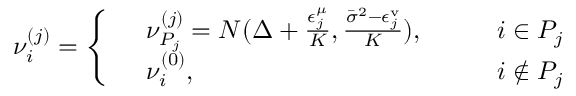
\begin{array} { r } { \nu _ { i } ^ { ( j ) } = \left\{ \begin{array} { r l r l } & { \nu _ { P _ { j } } ^ { ( j ) } = N ( \Delta + \frac { \epsilon _ { j } ^ { \mu } } { K } , \frac { \bar { \sigma } ^ { 2 } - \epsilon _ { j } ^ { \mathrm { v } } } { K } ) , } & & { \quad i \in P _ { j } } \\ & { \nu _ { i } ^ { ( 0 ) } , } & & { \quad i \notin P _ { j } } \end{array} \right. } \end{array}